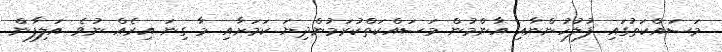
މަސައްކަތުގައި ފުލުހުންނާއި އާންމުން މަސައްކަތްކުރަމުންދިޔަ ކަމަށާއި މާ ގިނަ އިރެއް ނުވެ އަލިފާން